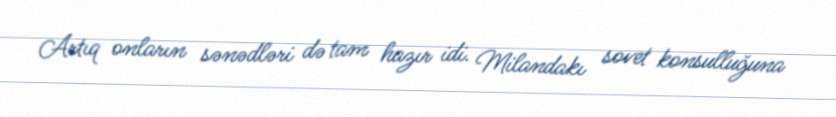
Artıq onların sənədləri də tam hazır idi. Milandakı sovet konsulluğuna